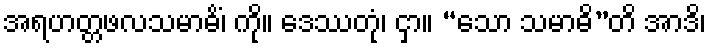
အရဟတ္တဖလသမာဓိံ၊ ကို။ ဒေဿတုံ၊ ငှာ။ “သော သမာဓိ”တိ အာဒိ၊